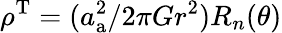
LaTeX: \rho^{\mathrm{T}}=(a_{\mathrm{a}}^{2}/2\pi Gr^{2})R_{n}(\theta)